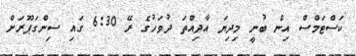
ކަސްޓަމްސް އިން ބުނީ މިދިޔަ އާދިއްތަ ދުވަހުގެ ރޭ 6:30 ގައި ސިންގަޕޫރަށް